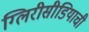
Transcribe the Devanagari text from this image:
ग्लिरीसीडियाची